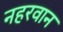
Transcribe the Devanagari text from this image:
नहरवान